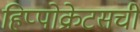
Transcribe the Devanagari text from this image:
हिप्पोक्रेटसची